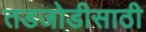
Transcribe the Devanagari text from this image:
तडजोडीसाठी